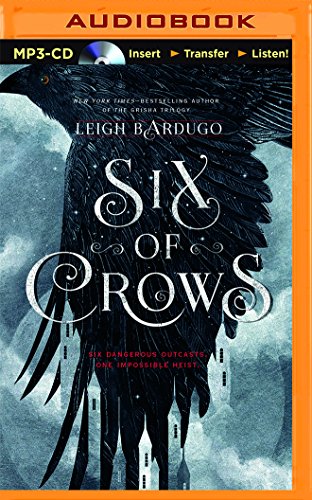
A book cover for Six of Crows; Leigh Bardugo; Teen & Young Adult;